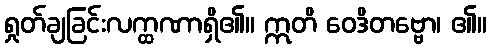
ရှုတ်ချခြင်းလက္ထဏာရှိ၏။ ဣတိ ဝေဒိတဗ္ဗော၊ ၏။